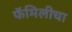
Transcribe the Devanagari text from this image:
फॅमिलीचा